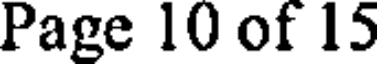
Page 10 of 15